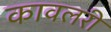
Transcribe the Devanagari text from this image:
कावलरी